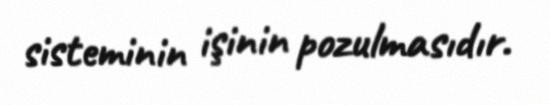
sisteminin işinin pozulmasıdır.